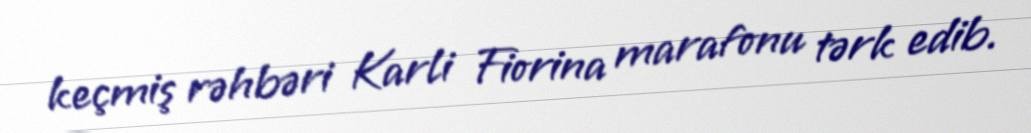
keçmiş rəhbəri Karli Fiorina marafonu tərk edib.